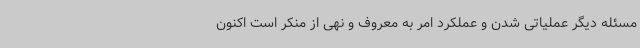
مسئله دیگر عملیاتی شدن و عملکرد امر به معروف و نهی از منکر است اکنون